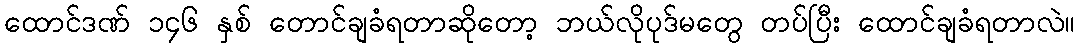
ထောင်ဒဏ် ၁၄၆ နှစ် တောင်ချခံရတာဆိုတော့ ဘယ်လိုပုဒ်မတွေ တပ်ပြီး ထောင်ချခံရတာလဲ။